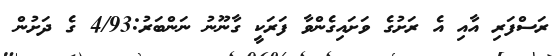
ރަސްފަރި އާއި އެ ރަށުގެ ވަށައިގެންވާ ފަރަކީ ގާނޫނު ނަންބަރު:4/93 ގެ ދަށުން